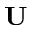
\mathbf { U }